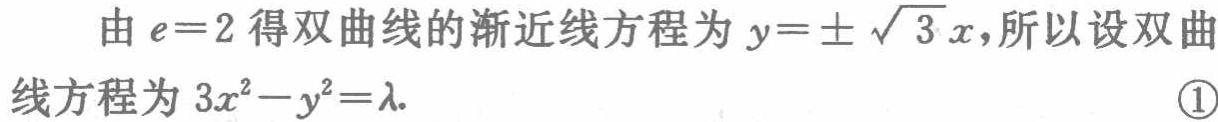
由\(e = 2\)得双曲线的渐近线方程为\(y = \pm\sqrt{3}x\)，所以设双曲线方程为\(3x^{2}-y^{2}=\lambda\). \textcircled{1}